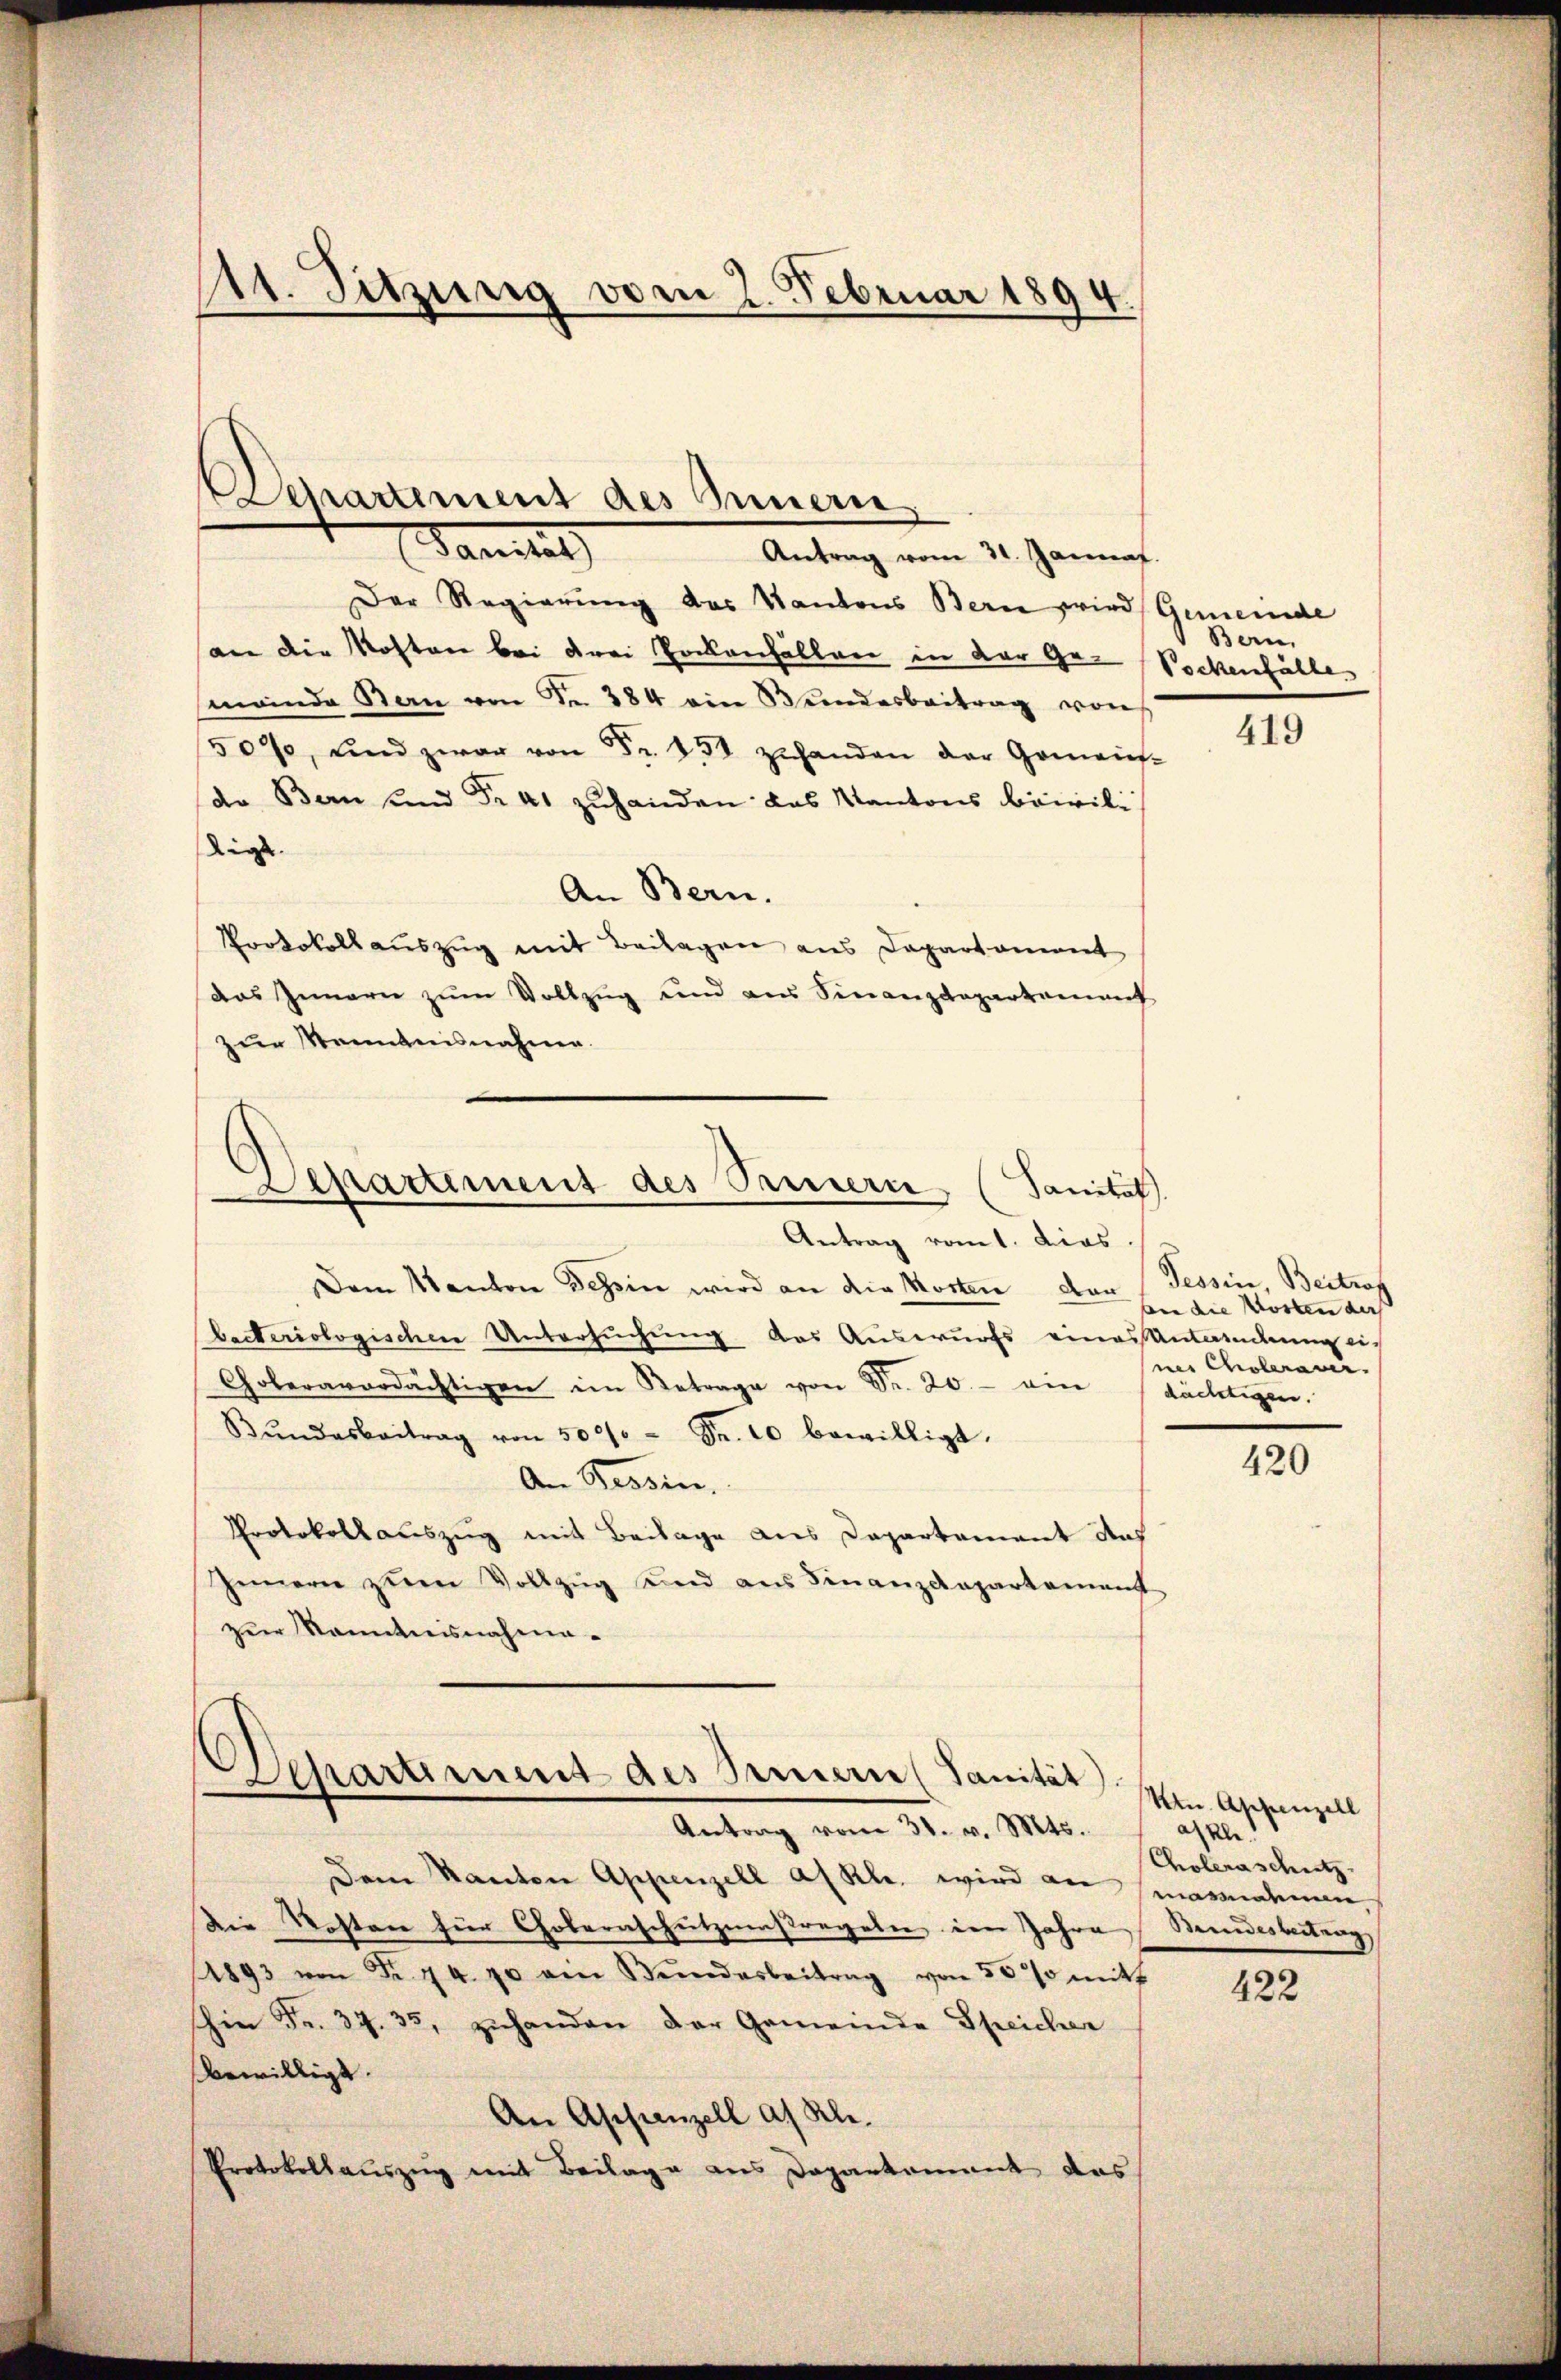
111. Sitzung vom 2. Februar 1894.

Departement des Innern
Janitat
Antrag vom 31. Jannat.

Der Regierung des Kantons Bern wird Gemeinde
an die Kosten bei drei Pockenfällen in der Ge-Pockenfälle,
meinde Stan von Fr. 384 ein Bundesbeitrag von
500, und zwar von Fr. 452 zuhanden der Gemeins-
de Bern und Fr. 41 zuhanden das Kantons bewildige
An Bern.
Protokollauszug mit Beilagen aus Departement
das Innern zum Vollzug und aus Sinanzdepartament
zur Kenntnisnahme.
Departement des Sauern (Sanität
Antrag vom 1. dies
Dem Kanton Tessin wird an die Kosten den (Tessin, Beitraf
bacteriologischen Untersuchung das Auswurfs eines Antwendung ei-
Goleraverdächtigen im Betrage von Dr. 20.- ein (dächtigen.
Bŭndesbeitrag von 500/ = Fr. 10 bewilligt.
An Tessin.
Protokollauszug mit Beilage aus Dapartement aus
Innern zum Vollzug und aus Finanzdepartement
zur Kenntnisnahme.

Separtiment des Bernern (Sanität.
Antrag vom 31. v. Mts.

Dem Kanton Appenzell a/ Kl. wird an mannahmen,
Die Kosten für Gobernschutzesregelen im Jahre
1893 von Fr. 74. 70 ein Bŭndesbeitrag von 30% mitt
hin Fr. 37. 33, zŭhanden der Gemeinde Speicher
bewilligt.
An Appenzell a. Rh.
Protokollauszug mit Beilage aus Daparkament das

Bern,

419

bnn die Worten des
ne Choleran.

420

Ktn. Appenzell
askle
Choleraschutz.
Bundesbeitrag

422